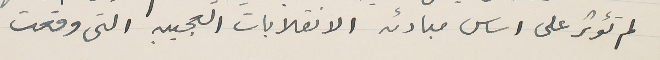
لم تؤثر على اساس مبادئه الانقلابات العجيبه التى وقعت